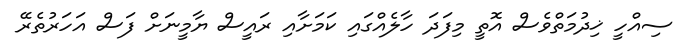
ސިއްހީ ޚިދުމަތްވެސް އޮތީ މިފަދަ ހާލެއްގައި ކަމަށާއި ރައީސް ޔާމީނަށް ފަސް އަހަރުތެރޭ